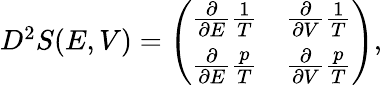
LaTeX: \begin{array}{r}{D^{2}S(E,V)=\left(\begin{array}{ll}{\frac{\partial}{\partial E}\frac{1}{T}}&{\frac{\partial}{\partial V}\frac{1}{T}}\\ {\frac{\partial}{\partial E}\frac{p}{T}}&{\frac{\partial}{\partial V}\frac{p}{T}}\end{array}\right),}\end{array}